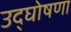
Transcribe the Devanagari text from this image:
उद्‌घोषणा